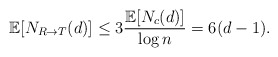
\begin{align*}\mathbb{E}[N_{R\to T}(d)]&\le 3 \frac{\mathbb{E}[N_c(d)]}{\log n}=6(d-1).\end{align*}